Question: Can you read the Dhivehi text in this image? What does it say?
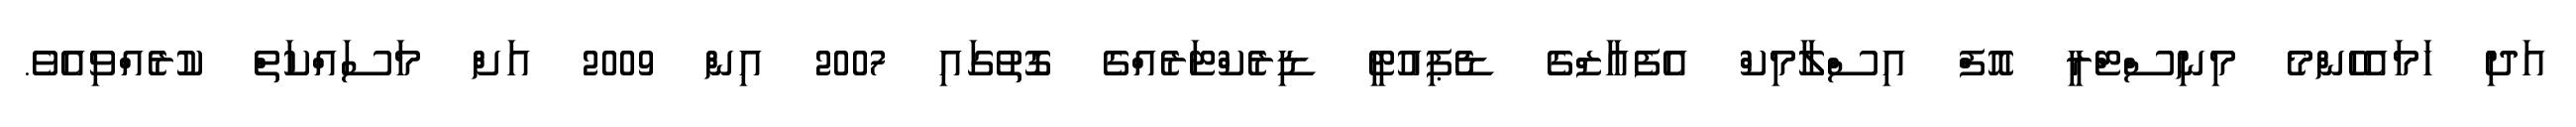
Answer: އަދި ހަމައެހެންމެ މިނިސްޓްރީ އޮފް އިސްލާމިކް އެފެއާޒްގެ ޑެޕިއުޓީ ޑިރެކްޓަރެއްގެ ގޮތުގައި 2007 އިން 2009 އަށް މަސައްކަތް ކުރެއްވިއެވެ.